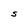
Character: S